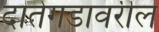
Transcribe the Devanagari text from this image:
दातेगडावरील